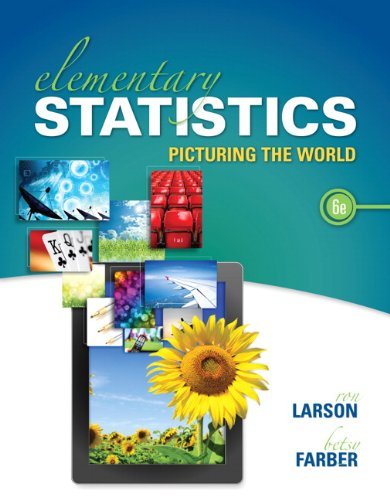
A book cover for Elementary Statistics: Picturing the World (6th Edition); Ron Larson; Science & Math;